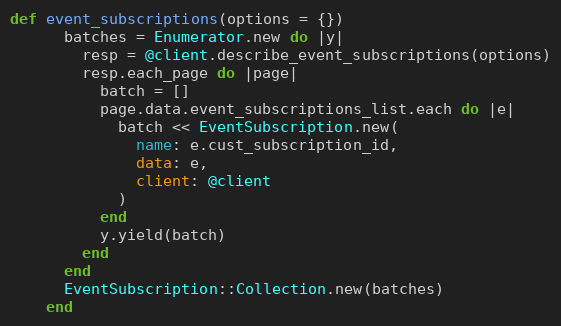
Language: Ruby
def event_subscriptions(options = {})
      batches = Enumerator.new do |y|
        resp = @client.describe_event_subscriptions(options)
        resp.each_page do |page|
          batch = []
          page.data.event_subscriptions_list.each do |e|
            batch << EventSubscription.new(
              name: e.cust_subscription_id,
              data: e,
              client: @client
            )
          end
          y.yield(batch)
        end
      end
      EventSubscription::Collection.new(batches)
    end